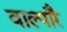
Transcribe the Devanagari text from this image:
वाल्पारै